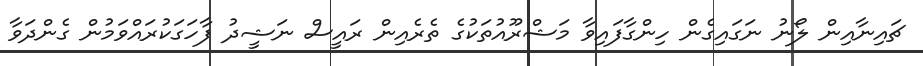
ޗައިނާއިން ލޯނު ނަގައިގެން ހިންގާފައިވާ މަޝްރޫއުތަކުގެ ތެރެއިން ރައީސް ނަޝީދު ފާހަގަކުރައްވަމުން ގެންދަވާ